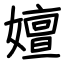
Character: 嬗